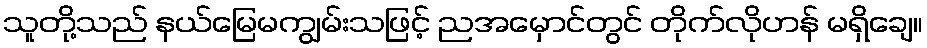
သူတို့သည် နယ်မြေမကျွမ်းသဖြင့် ညအမှောင်တွင် တိုက်လိုဟန် မရှိချေ။